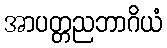
အာပတ္တညဘာဂိယံ